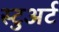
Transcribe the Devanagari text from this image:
स्‍टुअर्ट